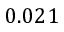
0 . 0 2 1